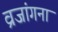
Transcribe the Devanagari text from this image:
व्रजांगना